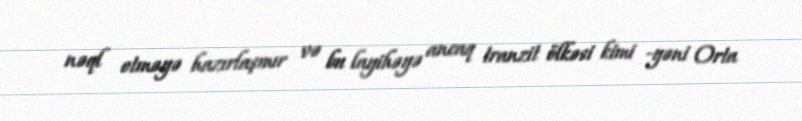
nəql etməyə hazırlaşmır və bu layihəyə ancaq tranzit ölkəsi kimi -yəni Orta